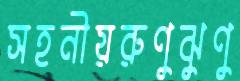
সহনীয়রুণুঝুণু